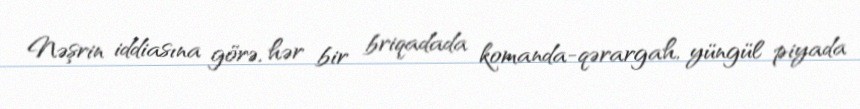
Nəşrin iddiasına görə, hər bir briqadada komanda-qərargah, yüngül piyada